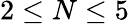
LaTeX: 2\leq N\leq 5